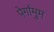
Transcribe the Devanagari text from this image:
पेर्गामुम